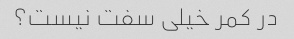
در کمر خیلی سفت نیست؟